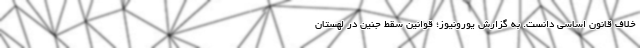
خلاف قانون اساسی دانست. به گزارش یورونیوز؛ قوانین سقط جنین در لهستان